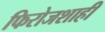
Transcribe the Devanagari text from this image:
फिरोजशाही